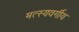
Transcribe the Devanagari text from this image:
मत्स्यवर्गीय